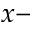
x -